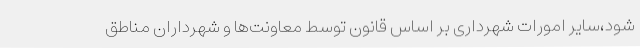
شود،سایر امورات شهرداری بر اساس قانون توسط معاونت‌ها و شهرداران مناطق